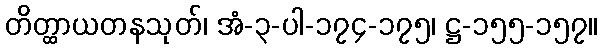
တိတ္ထာယတနသုတ်၊ အံ-၃-ပါ-၁၇၄-၁၇၅၊ ဋ္ဌ-၁၅၅-၁၅၇။